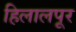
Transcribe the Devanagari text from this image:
हिलालपूर